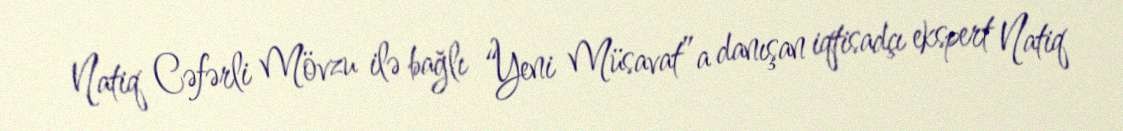
Natiq Cəfərli Mövzu ilə bağlı “Yeni Müsavat”a danışan iqtisadçı ekspert Natiq